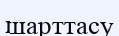
шарттасу